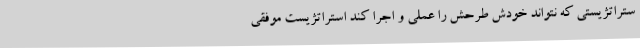
ستراتژیستی که نتواند خودش طرحش را عملی و اجرا کند استراتژیست موفقی